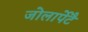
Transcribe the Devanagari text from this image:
जोलार्पेटै